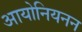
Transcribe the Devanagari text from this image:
आयोनियनन